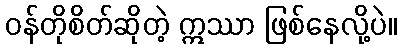
ဝန်တိုစိတ်ဆိုတဲ့ ဣဿာ ဖြစ်နေလို့ပဲ။